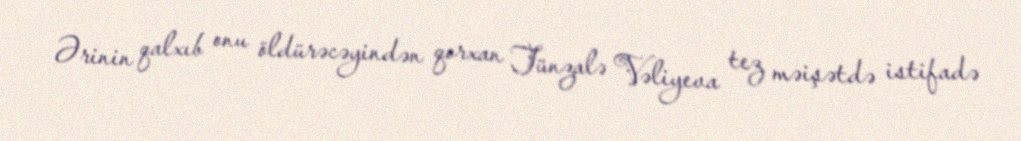
Ərinin qalxıb onu öldürəcəyindən qorxan Tünzalə Vəliyeva tez məişətdə istifadə